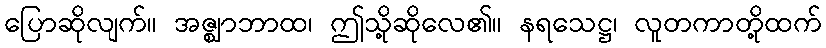
ပြောဆိုလျက်။ အဇ္ဈာဘာထ၊ ဤသို့ဆိုလေ၏။ နရသေဋ္ဌ၊ လူတကာတို့ထက်